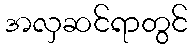
အလှဆင်ရာတွင်